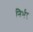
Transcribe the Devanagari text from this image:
निर्भर